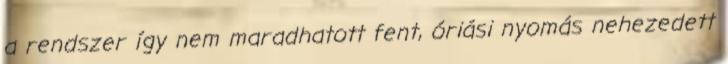
a rendszer így nem maradhatott fent, óriási nyomás nehezedett